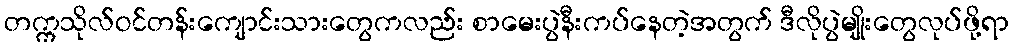
တက္ကသိုလ်ဝင်တန်းကျောင်းသားတွေကလည်း စာမေးပွဲနီးကပ်နေတဲ့အတွက် ဒီလိုပွဲမျိုးတွေလုပ်ဖို့ရာ